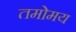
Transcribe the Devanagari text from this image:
तमोमय